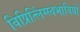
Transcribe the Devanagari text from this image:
विप्रित्लिंग्स्वभावियों